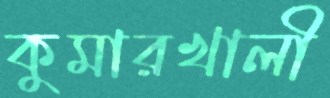
কুমারখালী